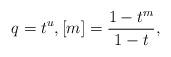
LaTeX: \begin{align*}q=t^{u},[m]=\frac{1-t^{m}}{1-t},\end{align*}